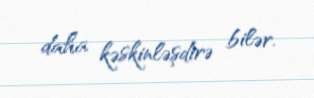
daha kəskinləşdirə bilər.